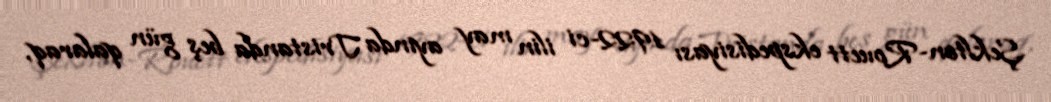
Şeklton-Rouett ekspedisiyası 1922-ci ilin may ayında Tristanda beş gün qalaraq,